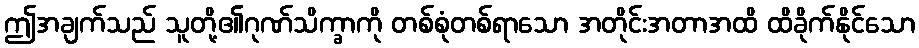
ဤအချက်သည် သူတို့၏ဂုဏ်သိက္ခာကို တစ်စုံတစ်ရာသော အတိုင်းအတာအထိ ထိခိုက်နိုင်သော